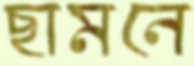
ছামনে